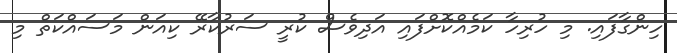
ހިންގާފައި. މި ހުރިހާ ކަމެއްކޮށްފައި އަދިވެސް ކުރީ ސަރުކާރޭ ކިއަން މަސައްކަތް މި